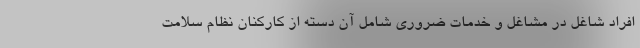
افراد شاغل در مشاغل و خدمات ضروری شامل آن دسته از کارکنان نظام سلامت